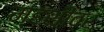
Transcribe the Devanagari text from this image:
म्हशींवर